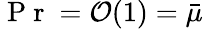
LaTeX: \mathrm{~P~r~}=\mathcal{O}(1)=\bar{\mu}